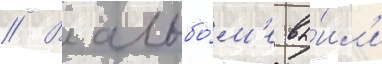
// В альбо́м'е вы́шл'и